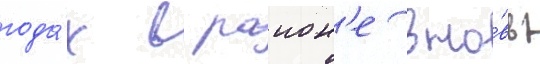
года́х в раион'е вно́вь